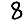
Digit: 8